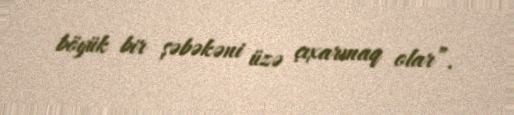
böyük bir şəbəkəni üzə çıxarmaq olar”.